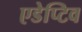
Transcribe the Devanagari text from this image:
एडेप्टिव